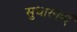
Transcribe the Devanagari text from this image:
सुधारनाएँ